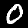
Digit: 0